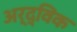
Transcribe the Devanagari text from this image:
अर्द्विक